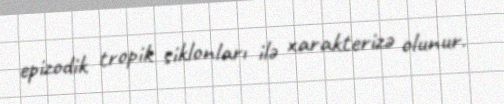
epizodik tropik siklonları ilə xarakterizə olunur.